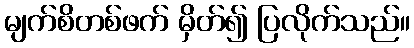
မျက်စိတစ်ဖက် မှိတ်၍ ပြလိုက်သည်။